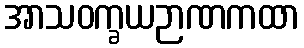
အာသဝက္ခယဉာဏကထာ